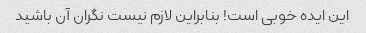
این ایده خوبی است! بنابراین لازم نیست نگران آن باشید